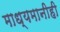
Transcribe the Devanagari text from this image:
माध्यमानीही